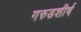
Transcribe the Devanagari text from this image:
गरुडशीर्ष